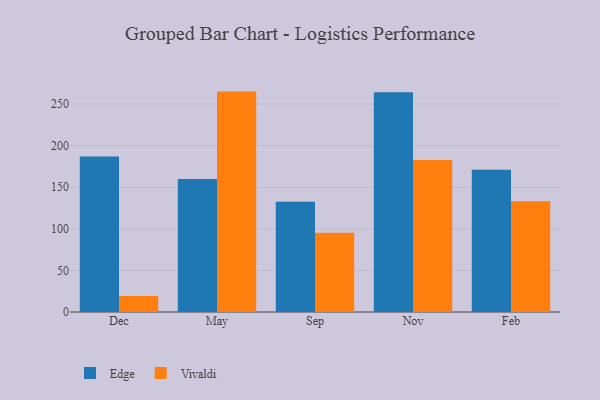
{"axis": {"x": "Month", "y": "Temperature (°C)"}, "legend": ["Edge", "Vivaldi"], "data": [{"x": "Dec", "y": 186.9, "type": "Edge"}, {"x": "Dec", "y": 19.2, "type": "Vivaldi"}, {"x": "May", "y": 159.8, "type": "Edge"}, {"x": "May", "y": 265.0, "type": "Vivaldi"}, {"x": "Sep", "y": 132.5, "type": "Edge"}, {"x": "Sep", "y": 95.4, "type": "Vivaldi"}, {"x": "Nov", "y": 264.1, "type": "Edge"}, {"x": "Nov", "y": 182.9, "type": "Vivaldi"}, {"x": "Feb", "y": 170.9, "type": "Edge"}, {"x": "Feb", "y": 133.3, "type": "Vivaldi"}]}